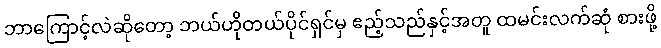
ဘာကြောင့်လဲဆိုတော့ ဘယ်ဟိုတယ်ပိုင်ရှင်မှ ဧည့်သည်နှင့်အတူ ထမင်းလက်ဆုံ စားဖို့